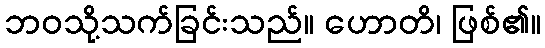
ဘဝသို့သက်ခြင်းသည်။ ဟောတိ၊ ဖြစ်၏။